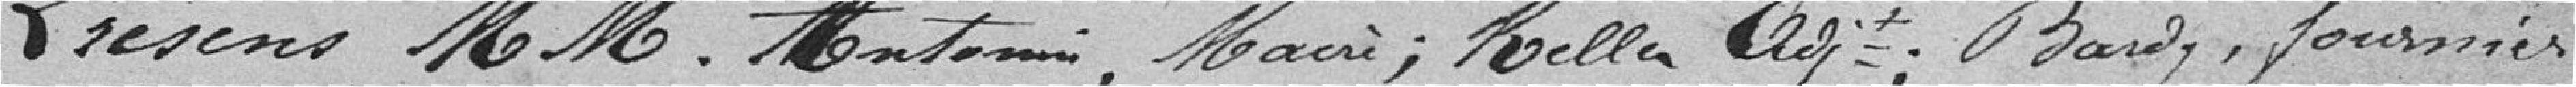
Présens MM. Antonin, Maire ; Keller Adjoint ; Bardy, fournier